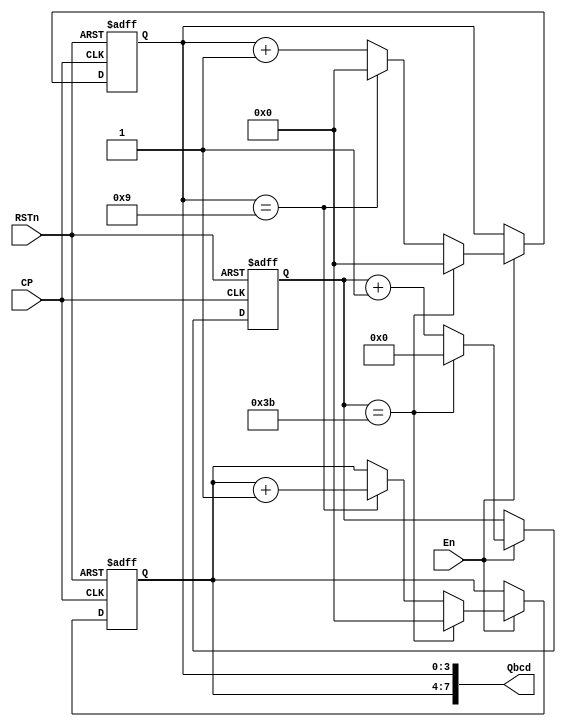
module Modulo_counter(CP, RSTn, En, Qbcd);
	parameter MOD=60;		//
	input CP, RSTn, En;
	reg [7:0] Q;
	reg [3:0] QH, QL;
	output wire [7:0] Qbcd;
	always@(posedge CP or negedge RSTn)
		if (!RSTn)	
		begin
		      QH <= 0; 
		      QL <= 0;
				Q<=0;
		end
		else if (En) begin
			if (Q == MOD-1) begin 
			    Q <= 0;
				 QH <= 0;
				 QL <= 0;
		   end
			else	begin 
			    Q <= Q + 1'b1; 
				 if (QL == 4'b1001) begin
				     QL <=0;
					  QH <= QH + 1'b1;
				 end 
				 else begin
				     QL <= QL + 1'b1;
				 end
			end
		end
	assign Qbcd = {QH, QL};
endmodule